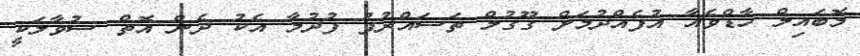
މޮބައިލް ހާޑްވެއާ އުފެއްދުމަށް ގޫގުލް ތަސައްރުފު ފުދުމާ އެކު ދެން އޮތް ސުވާލަކީ